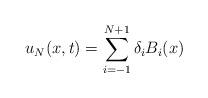
LaTeX: \begin{align*}u_N(x,t)=\sum_{i=-1}^{N+1}\delta_iB_i(x)\end{align*}